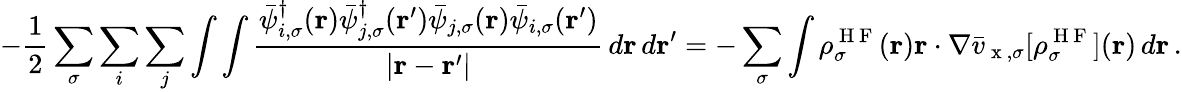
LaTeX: -\frac{1}{2}\sum_{\sigma}\sum_{i}\sum_{j}\int\int\frac{\bar{\psi}_{i,\sigma}^{\dagger}(\boldsymbol{\textbf{r}})\bar{\psi}_{j,\sigma}^{\dagger}(\boldsymbol{\textbf{r}}^{\prime})\bar{\psi}_{j,\sigma}(\boldsymbol{\textbf{r}})\bar{\psi}_{i,\sigma}(\boldsymbol{\textbf{r}}^{\prime})}{|\boldsymbol{\textbf{r}}-\boldsymbol{\textbf{r}}^{\prime}|}\, d\boldsymbol{\textbf{r}}\, d\boldsymbol{\textbf{r}}^{\prime}=-\sum_{\sigma}\int\rho_{\sigma}^{\mathrm{~H~F~}}(\boldsymbol{\textbf{r}})\boldsymbol{\textbf{r}}\cdot\nabla\bar{v}_{\mathrm{~x~},\sigma}[\rho_{\sigma}^{\mathrm{~H~F~}}](\boldsymbol{\textbf{r}})\, d\boldsymbol{\textbf{r}}\, .